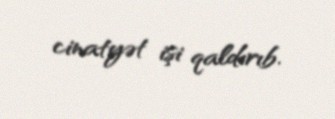
cinatyət işi qaldırıb.